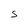
Character: S